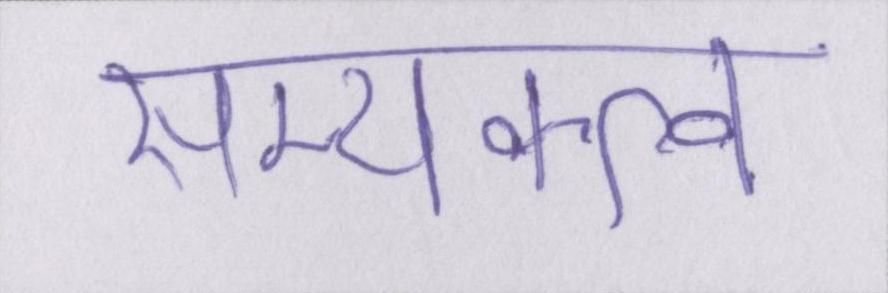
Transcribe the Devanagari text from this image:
सम्यक्त्व